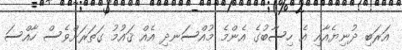
އަރަބި ދުނިޔެއާއި އެ ހިސާބުގެ އެންމެ މުއްސަނދި އެއް ޤައުމު ގަތަރަށްވެސް ހާއްސަ